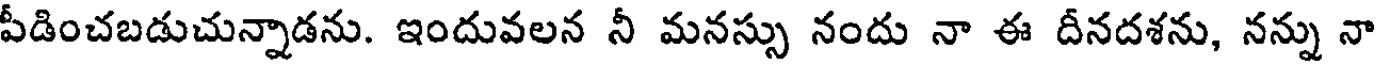
పీడించబడుచున్నాడను. ఇందువలన నీ మనస్సు నందు నా ఈ దీనదశను, నన్ను నా